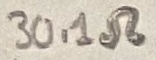
Text: 30.1Ω